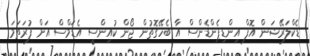
ޑެކްލަރޭޝަން އޮފް އިންޑިޕެންޑެންސް އާ ބެހޭގޮތުން ޖޯން ކުއިންސީ އެޑަމްސް އަށް ފުރަތަމަ